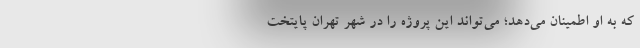
که به او اطمینان می‌دهد؛ می‌تواند این پروژه را در شهر تهران پایتخت